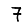
Digit: 7